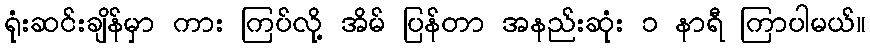
ရုံးဆင်းချိန်မှာ ကား ကြပ်လို့ အိမ် ပြန်တာ အနည်းဆုံး ၁ နာရီ ကြာပါမယ်။